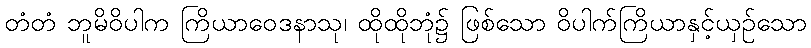
တံတံ ဘူမိဝိပါက ကြိယာဝေဒနာသု၊ ထိုထိုဘုံ၌ ဖြစ်သော ဝိပါက်ကြိယာနှင့်ယှဉ်သော